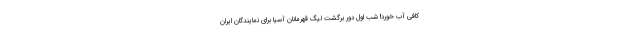
کافی آب خورد! شب اول دور برگشت لیگ قهرمانان آسیا برای نمایندگان ایران